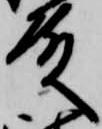
殿